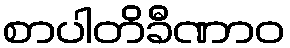
စာပါတိခီဏာဝ